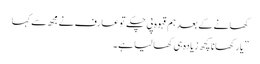
کھانے کے بعد ہم قہوہ پی چکے تو عارف نے مجھ سے کہا
” یار کھانا کچھ زیادہ ہی کھا لیا ہے ۔